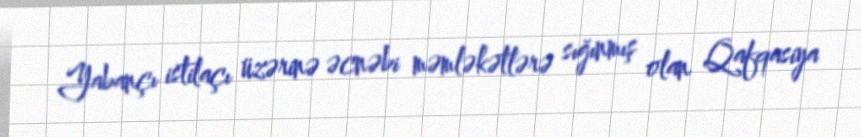
Yabançı istilaçı üzərinə əcnəbi məmləkətlərə sığınmış olan Qafqasiya